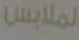
الملابس